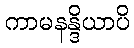
ကာမနန္ဒိယာပိ